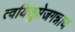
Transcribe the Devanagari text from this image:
त्वयिसुप्तेजगन्नाथ